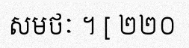
សមថៈ ។ [ ២២០